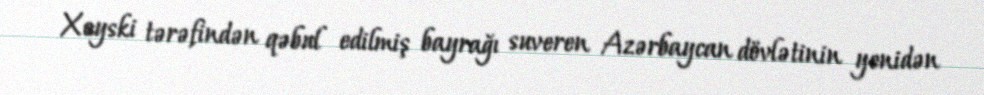
Xoyski tərəfindən qəbul edilmiş bayrağı suveren Azərbaycan dövlətinin yenidən